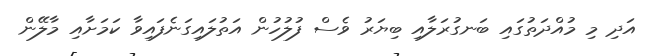
އަދި މި މުއްދަތުގައި ބަނގުރަލާއި ބިޔަރު ވެސް ފުލުހުން އަތުލައިގަނެފައިވާ ކަމަށާއި މާލޭން